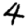
Digit: 4